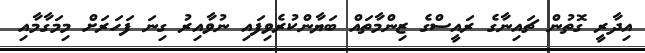
އިދާރީ ގޮތުން ޗައިނާގެ ރައީސްގެ ޒިންމާތައް ބަޔާންކުރެވިފައި ނުވާއިރު ގިނަ ފަހަރަށް މިމަގާމާއި